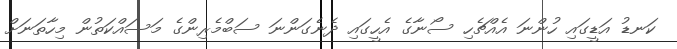
ކަނޑު އަޑީގައި ހުންނަ އެއްޗެހި ސޯނާގެ އެހީގައި ދެނެގަންނަ ސަބްމެރިންގެ މަސައްކަތުން މިހާތަނަށް